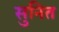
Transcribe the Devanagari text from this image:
सुनित